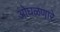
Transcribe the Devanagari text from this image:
ओघळणारे